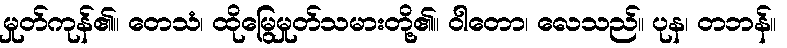
မှုတ်ကုန်၏။ တေသံ၊ ထိုမြွေမှုတ်သမားတို့၏။ ဝါတော၊ လေသည်။ ပုန၊ တဘန်။